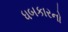
ધબકારનો